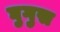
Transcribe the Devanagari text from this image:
घुगुस